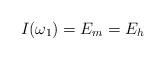
LaTeX: \begin{align*} I(\omega_1) =E_m=E_h\end{align*}